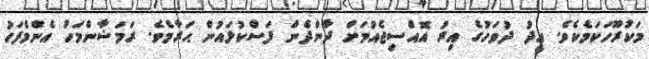
މަކުރޫހަކަމެކެވެ. ޢީދު ދުވަހުގެ އިރު އޮއްސިޖެއުމަށް ދާންދެން ފަސްކުޅައުން ޙަރާމެވެ. ރަމަޟާންމަހު އެންމެފަހު